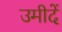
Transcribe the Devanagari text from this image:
उमीदें